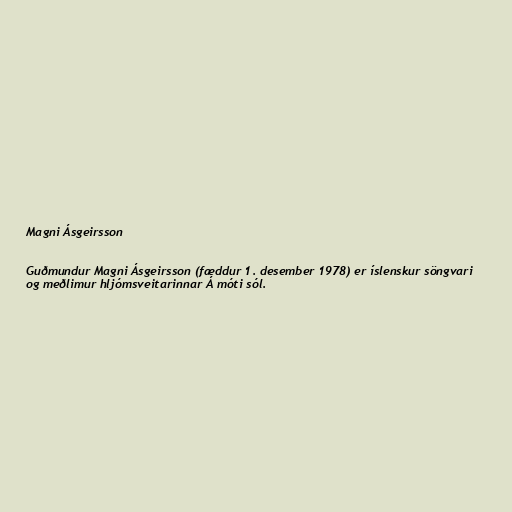
Magni Ásgeirsson

Guðmundur Magni Ásgeirsson (fæddur 1. desember 1978) er íslenskur söngvari
og meðlimur hljómsveitarinnar Á móti sól.